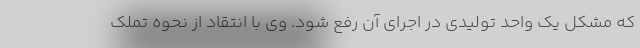
که مشکل یک واحد تولیدی در اجرای آن رفع شود. وی با انتقاد از نحوه تملک